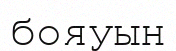
бояуын